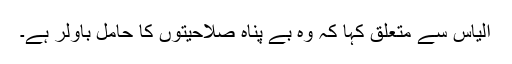
الیاس سے متعلق کہا کہ وہ بے پناہ صلاحیتوں کا حامل باولر ہے۔